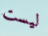
ليست